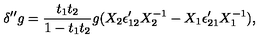
\delta ^ { \prime \prime } g = { \frac { t _ { 1 } t _ { 2 } } { 1 - t _ { 1 } t _ { 2 } } } g ( X _ { 2 } \epsilon _ { 1 2 } ^ { \prime } X _ { 2 } ^ { - 1 } - X _ { 1 } \epsilon _ { 2 1 } ^ { \prime } X _ { 1 } ^ { - 1 } ) ,